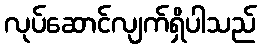
လုပ်ဆောင်လျက်ရှိပါသည်